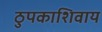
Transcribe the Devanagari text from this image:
ठुपकाशिवाय